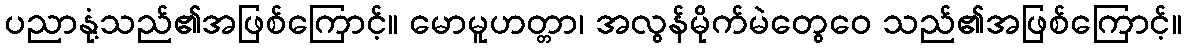
ပညာနုံ့သည်၏အဖြစ်ကြောင့်။ မောမူဟတ္တာ၊ အလွန်မိုက်မဲတွေဝေ သည်၏အဖြစ်ကြောင့်။